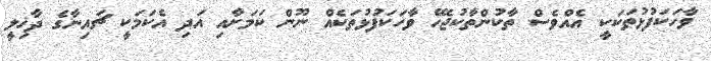
ވާހަކަފުޅުތަކަކީ އެއްވެސް ތާކުންތާކުޖެހޭ ވާހަކަފުޅުތަކެއް ނޫން ކަމަށާއި އަދި އެކަމަކީ ޗައިނާގެ ދާޚިލީ